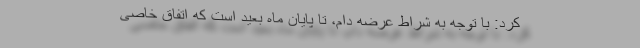
کرد: با توجه به شراط عرضه دام، تا پایان ماه بعید است که اتفاق خاصی